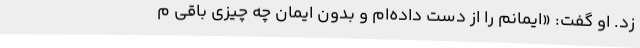
زد. او گفت: «ایمانم را از دست داده‌ام و بدون ایمان چه چیزی باقی م